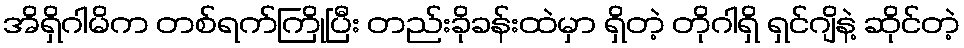
အိရှိဂါမိက တစ်ရက်ကြိုပြီး တည်းခိုခန်းထဲမှာ ရှိတဲ့ တိုဂါရှိ ရှင်ဂျိနဲ့ ဆိုင်တဲ့